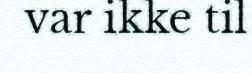
var ikke til